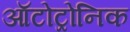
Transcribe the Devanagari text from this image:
ऑटोट्रोनिक